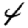
Digit: 4